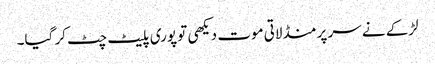
لڑکے نے سر پر منڈلاتی موت دیکھی تو پوری پلیٹ چٹ کر گیا۔